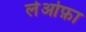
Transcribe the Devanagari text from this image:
लेओफ़ा